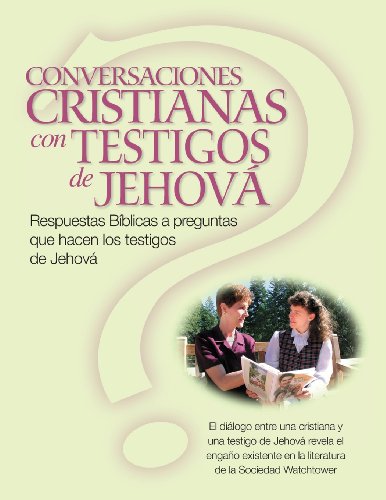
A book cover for CONVERSACIONES CRISTIANAS CON TESTIGOS DE JEHOVÃE: Respuestas BÃ­blicas a preguntas que hacen los testigos de JehovÃ¡ (Christian Conversations with JWs Spanish Edition); Christina R (Harvey) Darlington; Christian Books & Bibles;